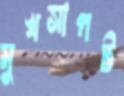
মুখসাপট